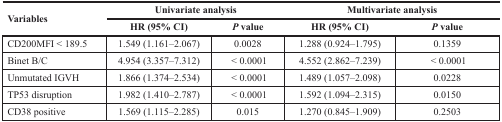
| <ROWSPAN=2> Variables | <COLSPAN=2> Univariate analysis | <COLSPAN=2> Multivariate analysis |
 | HR (95% CI) | P value | HR (95% CI) | P value |
 | --- | --- | --- | --- | --- |
 | CD200MFI < 189.5 | 1.549 (1.161–2.067) | 0.0028 | 1.288 (0.924–1.795) | 0.1359 |
 | Binet B/C | 4.954 (3.357–7.312) | < 0.0001 | 4.552 (2.862–7.239) | < 0.0001 |
 | Unmutated IGVH | 1.866 (1.374–2.534) | < 0.0001 | 1.489 (1.057–2.098) | 0.0228 |
 | TP53 disruption | 1.982 (1.410–2.787) | < 0.0001 | 1.592 (1.094–2.315) | 0.0150 |
 | CD38 positive | 1.569 (1.115–2.285) | 0.015 | 1.270 (0.845–1.909) | 0.2503 |